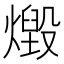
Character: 燬